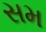
સમ